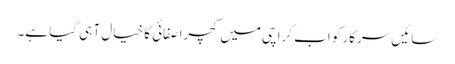
سائیں سرکار کو اب کراچی میں کچرا صفائی کا خیال آ ہی گیا ہے۔